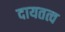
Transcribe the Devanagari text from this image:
दायतत्व